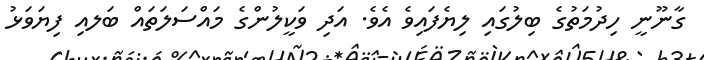
ގާނޫނީ ހިދުމަތުގެ ބިލުގައި ލިޔެފައިވެ އެވެ. އަދި ވަކީލުންގެ މައްސަލަތައް ބަލއި ފިޔަވަޅު